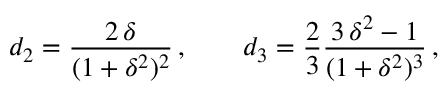
d _ { 2 } = \frac { 2 \, \delta } { ( 1 + \delta ^ { 2 } ) ^ { 2 } } \, , \qquad d _ { 3 } = \frac { 2 } { 3 } \frac { 3 \, \delta ^ { 2 } - 1 } { ( 1 + \delta ^ { 2 } ) ^ { 3 } } \, ,